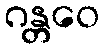
ဂန္တဝေ